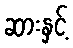
ဆားနှင့်